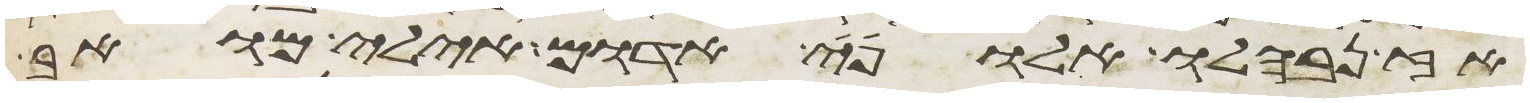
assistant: אז נבהלו אלופי אדום אילי מואב